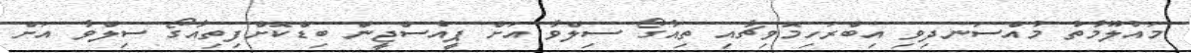
މައުލޫމާތު މުއްސަނދިވި އިބްރަހިމޮވިޗާއި ތިއާގޯ ސިލްވާ އަށް ޕީއެސްޖީން ބިޑްކޮށްފިތިއާގޯ ސިލްވާ އަށް